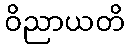
ဝိညာယတိ